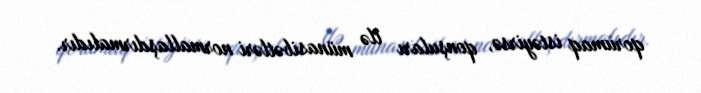
qorumaq istəyirsə, qonşuları ilə münasibətləri normallaşdırmalıdır.